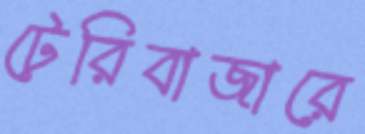
টেরিবাজারে